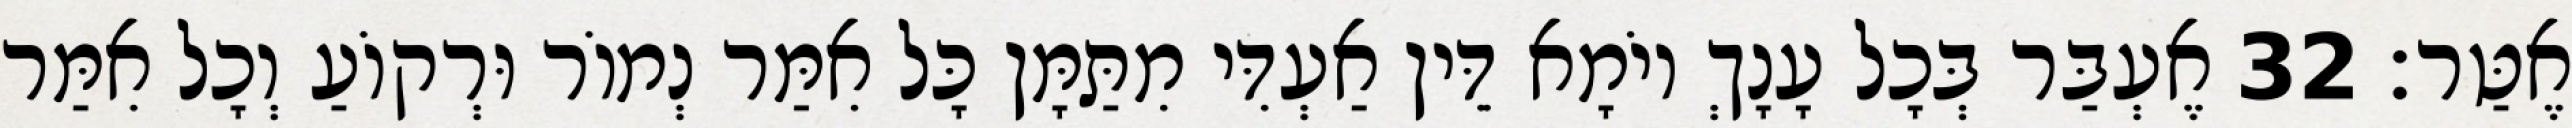
אֶטַּר׃ 32 אֶעְבַּר בְּכָל עָנָךְ יוֹמָא דֵּין אַעְדִּי מִתַּמָּן כָּל אִמַּר נְמוֹר וּרְקוֹעַ וְכָל אִמַּר